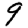
Digit: 9